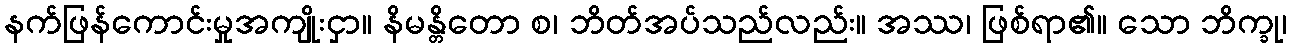
နက်ဖြန်ကောင်းမှုအကျိုးငှာ။ နိမန္တိတော စ၊ ဘိတ်အပ်သည်လည်း။ အဿ၊ ဖြစ်ရာ၏။ သော ဘိက္ခု၊